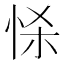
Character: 𢘹